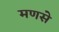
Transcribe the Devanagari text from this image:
मणसे